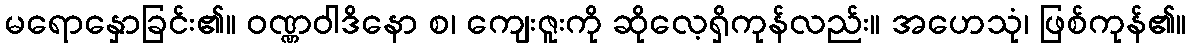
မရောနှောခြင်း၏။ ဝဏ္ဏဝါဒိနော စ၊ ကျေးဇူးကို ဆိုလေ့ရှိကုန်လည်း။ အဟေသုံ၊ ဖြစ်ကုန်၏။